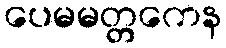
ပေမမတ္တကေန